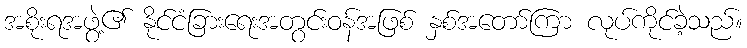
အစိုးရအဖွဲ့၏ နိုင်ငံခြားရေးအတွင်းဝန်အဖြစ် နှစ်အတော်ကြာ လုပ်ကိုင်ခဲ့သည်။